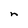
Character: n